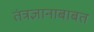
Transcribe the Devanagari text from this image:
तंत्रज्ञानाबाबत